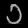
Digit: ၁